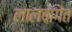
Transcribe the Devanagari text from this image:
लालबागेत